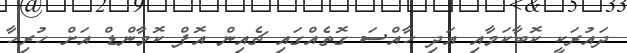
ދައުރަކީ ކޮބާކަމާއި އަދި ހާއްސަ ގޮތެއްގައި ޗެއިން އޮފް ކޮމާންޑް އަށް ހުރިހާ